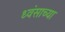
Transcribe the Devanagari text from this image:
ध्वंसाच्या